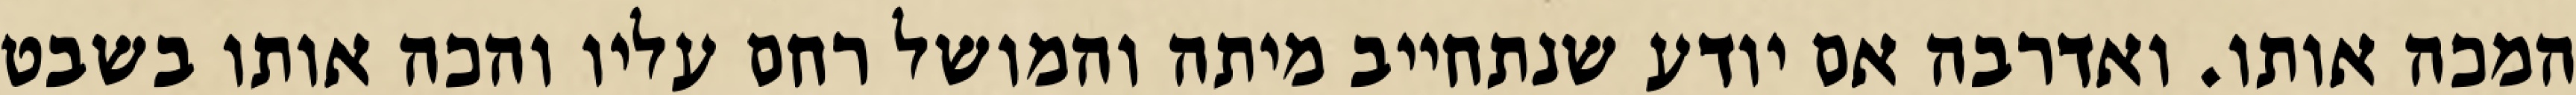
המכה אותו. ואדרבה אם יודע שנתחייב מיתה והמושל רחם עליו והכה אותו בשבט